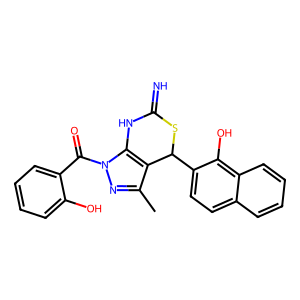
SMILES: Cc1nn(C(=O)c2ccccc2O)c2c1C(c1ccc3ccccc3c1O)SC(=N)N2
Inhibits HIV replication: No